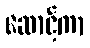
ဆောင့်ကာ